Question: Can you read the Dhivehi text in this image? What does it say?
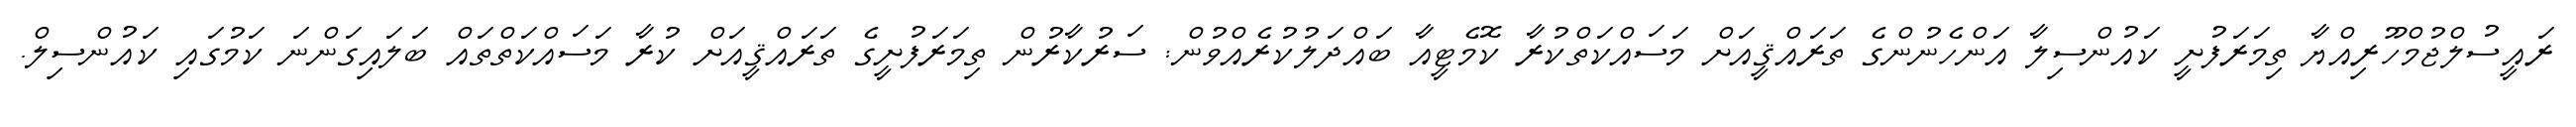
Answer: ރައީސުލްޖުމްހޫރިއްޔާ ތިމަރަފުށީ ކައުންސިލާ އަންހެނުންގެ ތަރައްޤީއަށް މަސައްކަތްކުރާ ކޮމެޓީއާ ބައްދަލުކުރެއްވުން: ސަރުކާރުން ތިމަރަފުށީގެ ތަރައްޤީއަށް ކުރާ މަސައްކަތްތައް ބަލައިގަންނަ ކަމުގައި ކައުންސިލް.